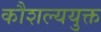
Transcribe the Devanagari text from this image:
कौशल्ययुक्त